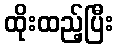
ထိုးထည့်ပြီး